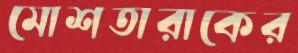
মোশতারাকের